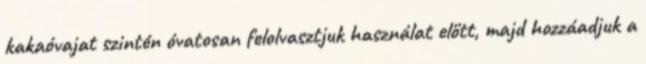
kakaóvajat szintén óvatosan felolvasztjuk használat előtt, majd hozzáadjuk a